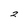
Character: 2